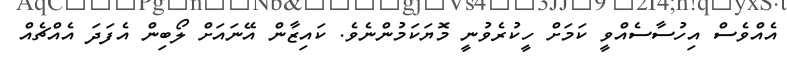
އެއްވެސް އިހުސާސެއްވީ ކަމަށް ހީކުރެވުނީ މޮޔަކަމުންނެވެ. ކައިޒާން އޭނައަށް ލޯބިން އެފަދަ އެއްޗެއް